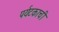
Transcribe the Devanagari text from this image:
पर्यटकाची